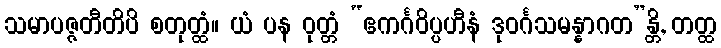
သမာပဇ္ဇတီတိပိ စတုတ္ထံ။ ယံ ပန ဝုတ္တံ “ဧကင်္ဂဝိပ္ပဟီနံ ဒုဝင်္ဂသမန္နာဂတ”န္တိ, တတ္ထ